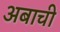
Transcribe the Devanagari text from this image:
अबाची